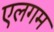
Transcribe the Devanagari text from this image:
एलगम